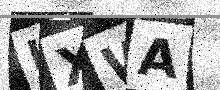
Text: LXWA